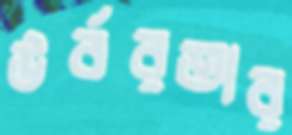
উর্বরতার